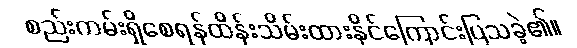
စည်းကမ်းရှိစေရန်ထိန်းသိမ်းထားနိုင်ကြောင်းပြသခဲ့၏။